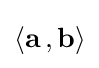
\left\langle \mathbf {a} \,,\mathbf {b} \right\rangle